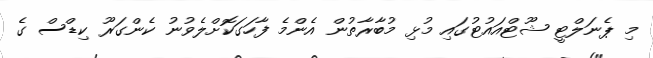
މި ޕެނަލްޓީ ޝޫޓްއައުޓުގައި މުޅި މުބާރާތުން އެންމެ ފާހަގަކޮށްލެވުނު ކެންގަރޫ ކިޑްސް ގެ